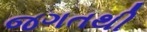
જગતથી